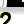
Digit: 2